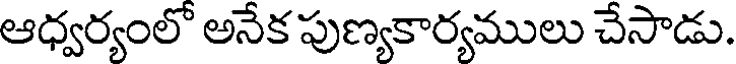
ఆధ్వర్యంలో అనేక పుణ్యకార్యములు చేసాడు.